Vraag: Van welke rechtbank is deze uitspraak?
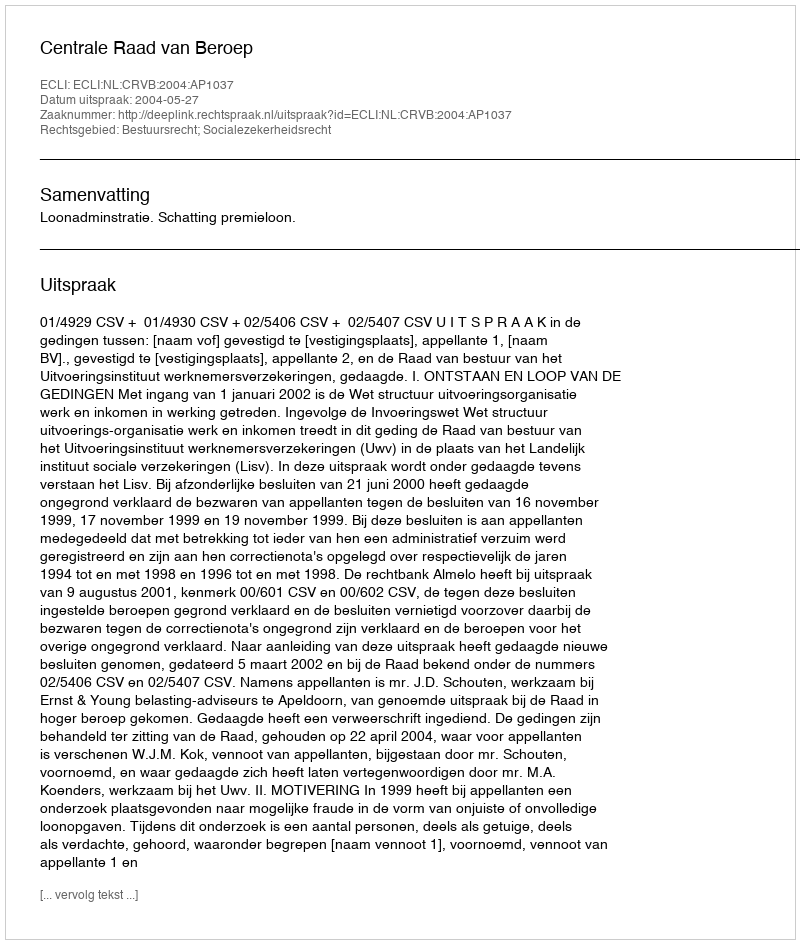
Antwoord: Centrale Raad van Beroep